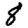
Digit: 8